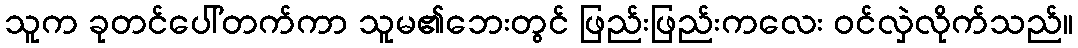
သူက ခုတင်ပေါ်တက်ကာ သူမ၏ဘေးတွင် ဖြည်းဖြည်းကလေး ဝင်လှဲလိုက်သည်။